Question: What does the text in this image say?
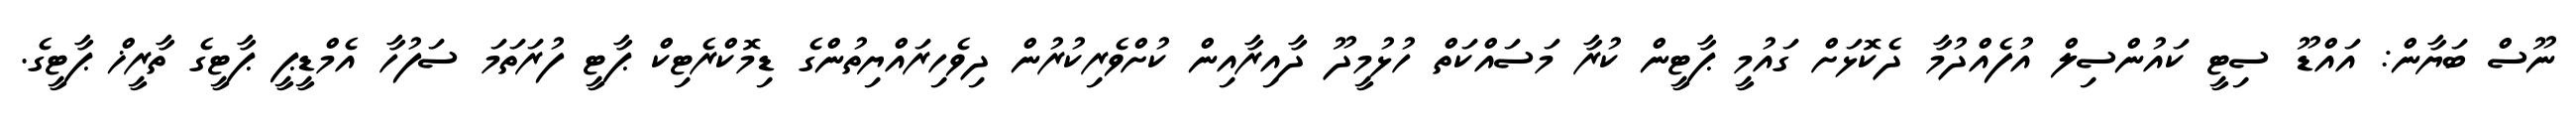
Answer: ނޫސް ބަޔާން: އައްޑޫ ސިޓީ ކައުންސިލް އުފެއްދުމާ ދެކޮޅަށް ގައުމީ ޕާޓީން ކުރާ މަސައްކަތް ހުޅުމީދޫ ދާއިރާއިން ކުށްވެރިކުރުން ދިވެހިރައްޔިތުންގެ ޑިމޮކްރެޓިކް ޕާޓީ ފުރަތަމަ ސަފުހާ އެމްޑީޕީ ޕާޓީގެ ތާރީޚް ޕާޓީގެ.